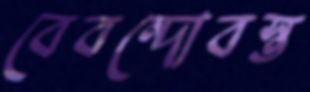
বেবন্দোবস্ত